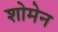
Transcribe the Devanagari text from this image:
शोमेन